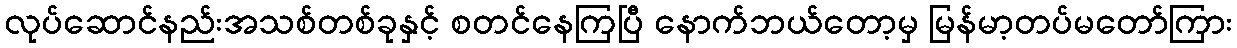
လုပ်ဆောင်နည်းအသစ်တစ်ခုနှင့် စတင်နေကြပြီ နောက်ဘယ်တော့မှ မြန်မာ့တပ်မတော်ကြား